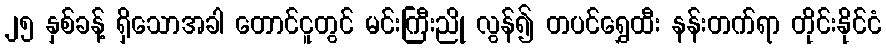
၂၅ နှစ်ခန့် ရှိသောအခါ တောင်ငူတွင် မင်းကြီးညို လွန်၍ တပင်ရွှေထီး နန်းတက်ရာ တိုင်းနိုင်ငံ